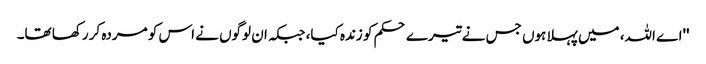
''اے اللہ، میں پہلا ہوں جس نے تیرے حکم کو زندہ کیا، جبکہ ان لوگوں نے اس کو مردہ کر رکھا تھا۔